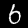
Digit: 6